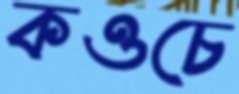
কওচে